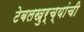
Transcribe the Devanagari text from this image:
टेबलखुर्च्यांची